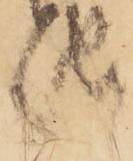
地